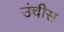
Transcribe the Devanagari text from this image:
उंचीस